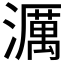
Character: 濿